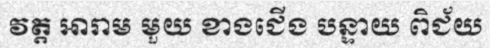
វត្ត អារាម មួយ ខាងជើង បន្ទាយ ពិជ័យ